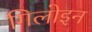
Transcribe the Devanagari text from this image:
गिलोइन